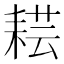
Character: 𦓷